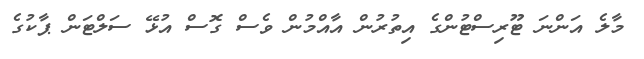
މާލެ އަންނަ ޓޫރިސްޓުންގެ އިތުރުން އާއްމުން ވެސް ގޮސް އުޅޭ ސަލްޓަން ޕާކުގެ